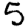
Digit: 5